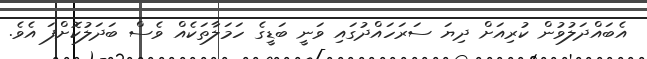
އެބައްދަލުވުން ކުރިއަށް ދިޔަ ސަރަހައްދުގައި ވަނީ ބަޑީގެ ހަމަލާތަކެއް ވެސް ބަދަލުކޮށްފަ އެވެ.